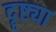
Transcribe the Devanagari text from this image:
दॄष्ट्या